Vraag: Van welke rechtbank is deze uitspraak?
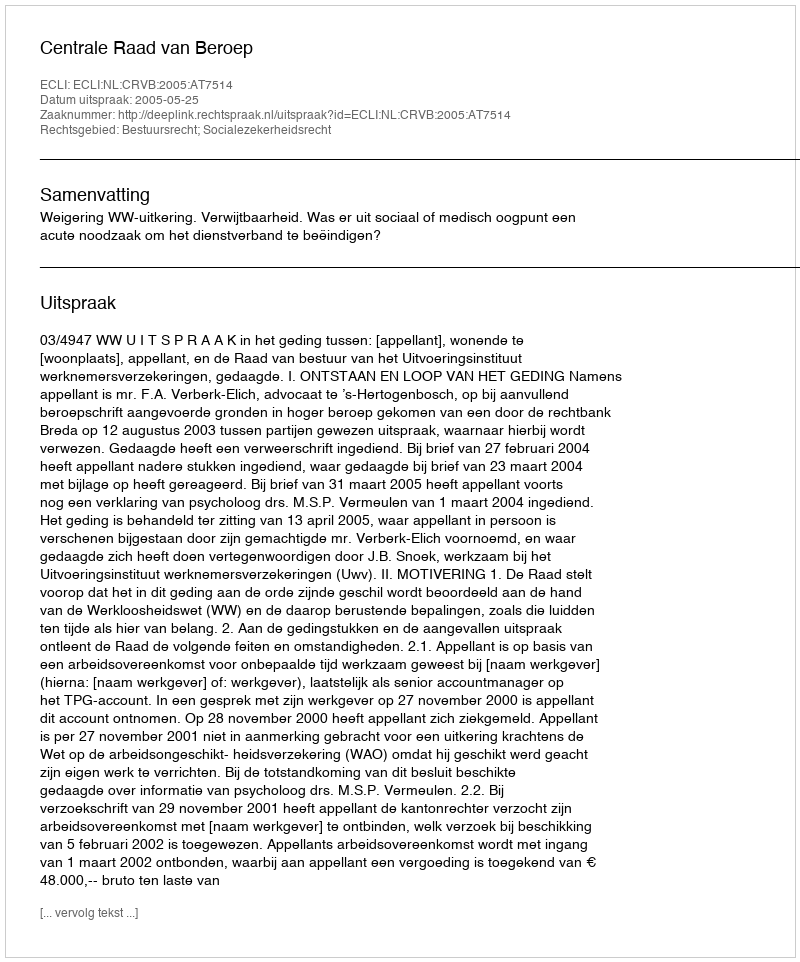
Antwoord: Centrale Raad van Beroep